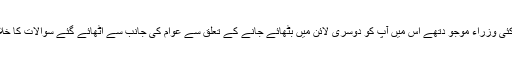
فکروخبر : ابھی حال ہی میں بھٹکل میں منعقدہ ایک بڑی کانفرنس جس میں ریاستی وزیر اعلیٰ سدارامیا سمیت کئی وزراء موجو دتھے اس میں آپ کو دوسری لائن میں بٹھائے جانے کے تعلق سے عوام کی جانب سے اٹھائے گئے سوالات کا خلاصہ یہ ہے کہ کانگریس پارٹی میں جناب مزمل قاضیا صاحب کی چاہت دوسروں کے کے مقابلہ میں کم ہے ؟